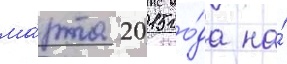
ма́рта 2015 го́да на́